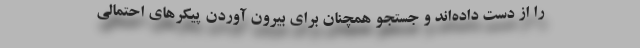
را از دست داده‌اند و جستجو همچنان برای بیرون آوردن پیکرهای احتمالی